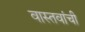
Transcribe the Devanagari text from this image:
वास्तवांची